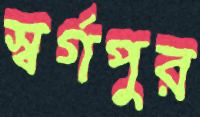
স্বর্গপুর